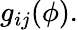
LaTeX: g_{ij}(\phi).